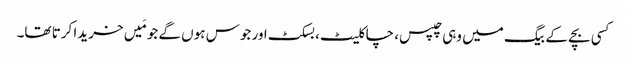
کسی بچے کے بیگ میں وہی چپس، چاکلیٹ، بسکٹ اور جوس ہوں گے جو مَیں خریدا کرتا تھا۔